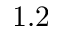
1 . 2